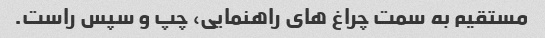
مستقیم به سمت چراغ های راهنمایی، چپ و سپس راست.